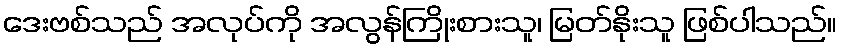
ဒေးဗစ်သည် အလုပ်ကို အလွန်ကြိုးစားသူ၊ မြတ်နိုးသူ ဖြစ်ပါသည်။